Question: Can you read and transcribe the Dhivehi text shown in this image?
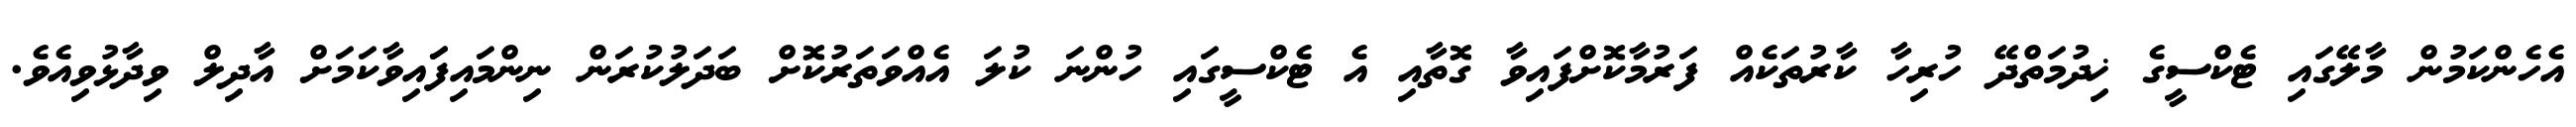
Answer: އެހެންކަމުން މާލޭގައި ޓެކްސީގެ ޚިދުމަތްދޭ ހުރިހާ ކާރުތަކެއް ފަރުމާކޮށްފައިވާ ގޮތާއި އެ ޓެކްސީގައި ހުންނަ ކުލަ އެއްވަތަރުކޮށް ބަދަލުކުރަން ނިންމައިފަައިވާކަމަށް އާދިލް ވިދާޅުވިއެވެ.